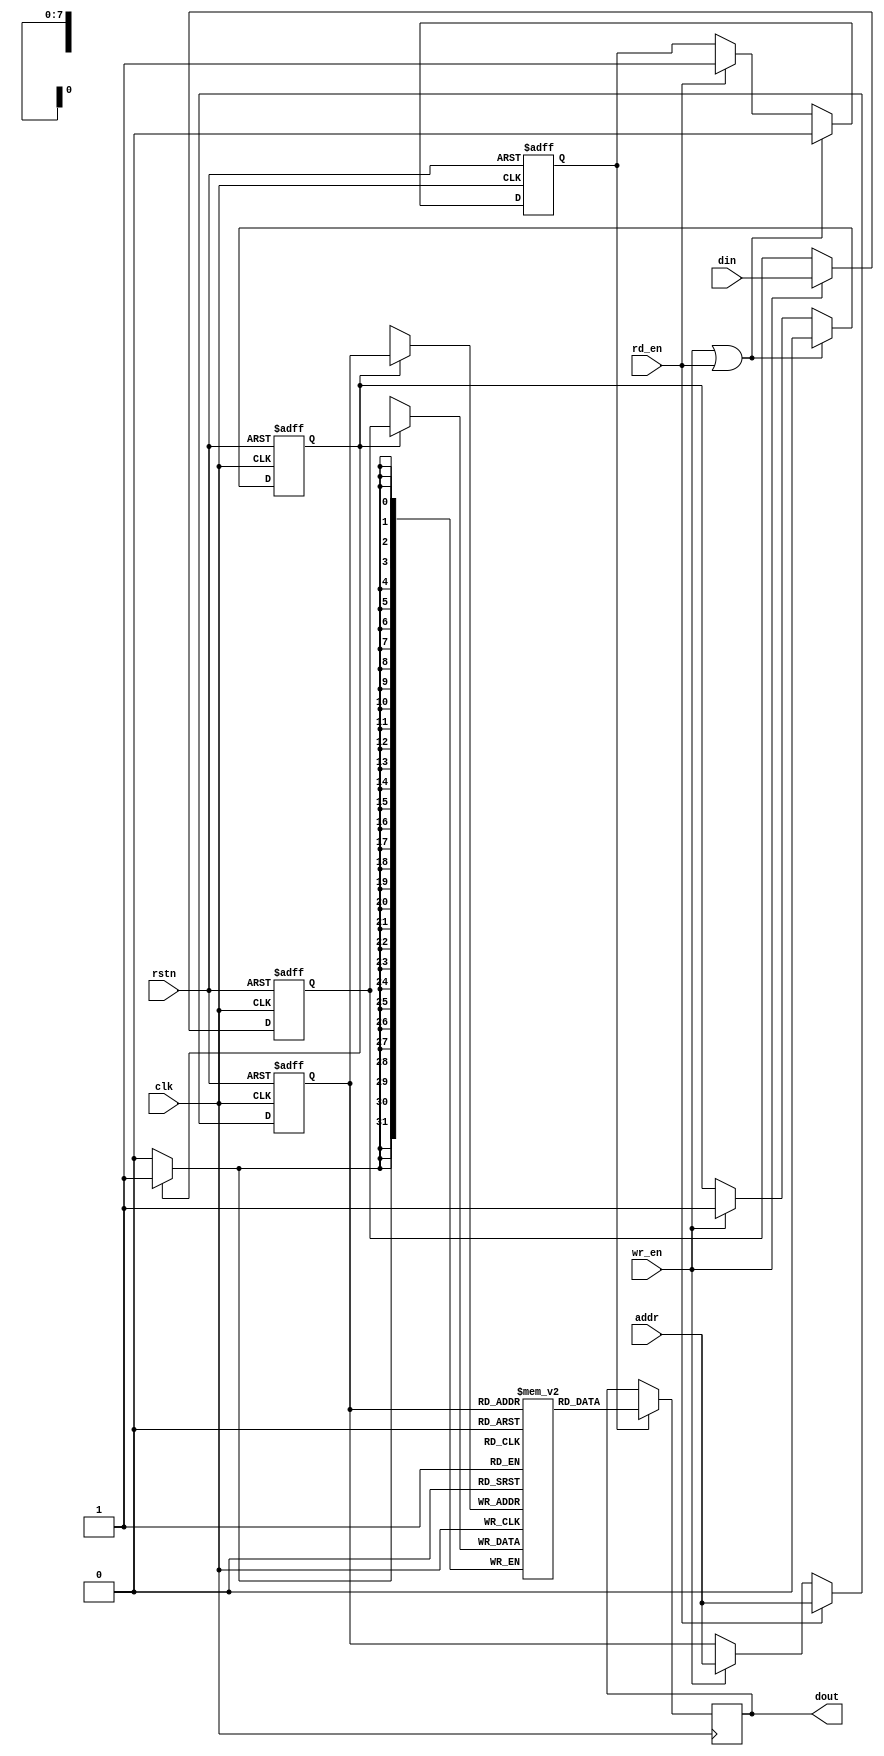
module IO_Block_Pipeline_SRAM #(
    parameter ADDR_WIDTH = 8,  // Address width for SRAM
    parameter DATA_WIDTH = 32,  // Data width per word
    parameter MEM_SIZE = 256     // Depth of SRAM (2^ADDR_WIDTH)
)(
    input wire clk,               // System Clock
    input wire rstn,              // Active low reset
    input wire [ADDR_WIDTH-1:0] addr,  // Memory address
    input wire [DATA_WIDTH-1:0] din,    // Data input
    input wire wr_en,             // Write enable
    input wire rd_en,             // Read enable
    output reg [DATA_WIDTH-1:0] dout // Data output
);

    // Memory array
    reg [DATA_WIDTH-1:0] mem [0:MEM_SIZE-1];
    
    // Pipeline registers for read and write operations
    reg [ADDR_WIDTH-1:0] addr_reg;
    reg [DATA_WIDTH-1:0] din_reg;
    reg wr_en_reg, rd_en_reg;

    // Control logic for read/write pipeline
    always @(posedge clk or negedge rstn) begin
        if (!rstn) begin
            addr_reg <= 0;
            din_reg <= 0;
            wr_en_reg <= 0;
            rd_en_reg <= 0;
        end else begin
            if (wr_en) begin
                addr_reg <= addr;      // Store address for writing
                din_reg <= din;        // Store data for writing
                wr_en_reg <= 1;        // Signal write enable
            end
            
            if (rd_en) begin
                addr_reg <= addr;      // Store address for reading
                rd_en_reg <= 1;        // Signal read enable
            end

            // Clear controls after operation
            if (wr_en || rd_en) begin
                wr_en_reg <= 0;
                rd_en_reg <= 0;
            end
        end
    end

    // Write Operation
    always @(posedge clk) begin
        if (wr_en_reg) begin
            mem[addr_reg] <= din_reg; // Write data to memory
        end
    end

    // Read Operation
    always @(posedge clk) begin
        if (rd_en_reg) begin
            dout <= mem[addr_reg]; // Read data from memory
        end
    end

endmodule